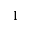
1